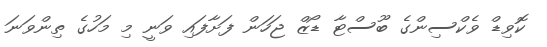
ކޮވިޑް ވެކްސިންގެ ބޫސްޓާ ޑޯޒް ޖަހަން ފަށާފައި ވަނީ މި މަހުގެ ތިންވަނަ